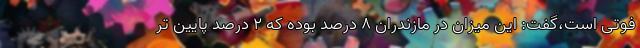
فوتی است،گفت: این میزان در مازندران ۸ درصد بوده که ۲ درصد پایین تر